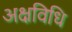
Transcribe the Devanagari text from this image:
अक्षविधि